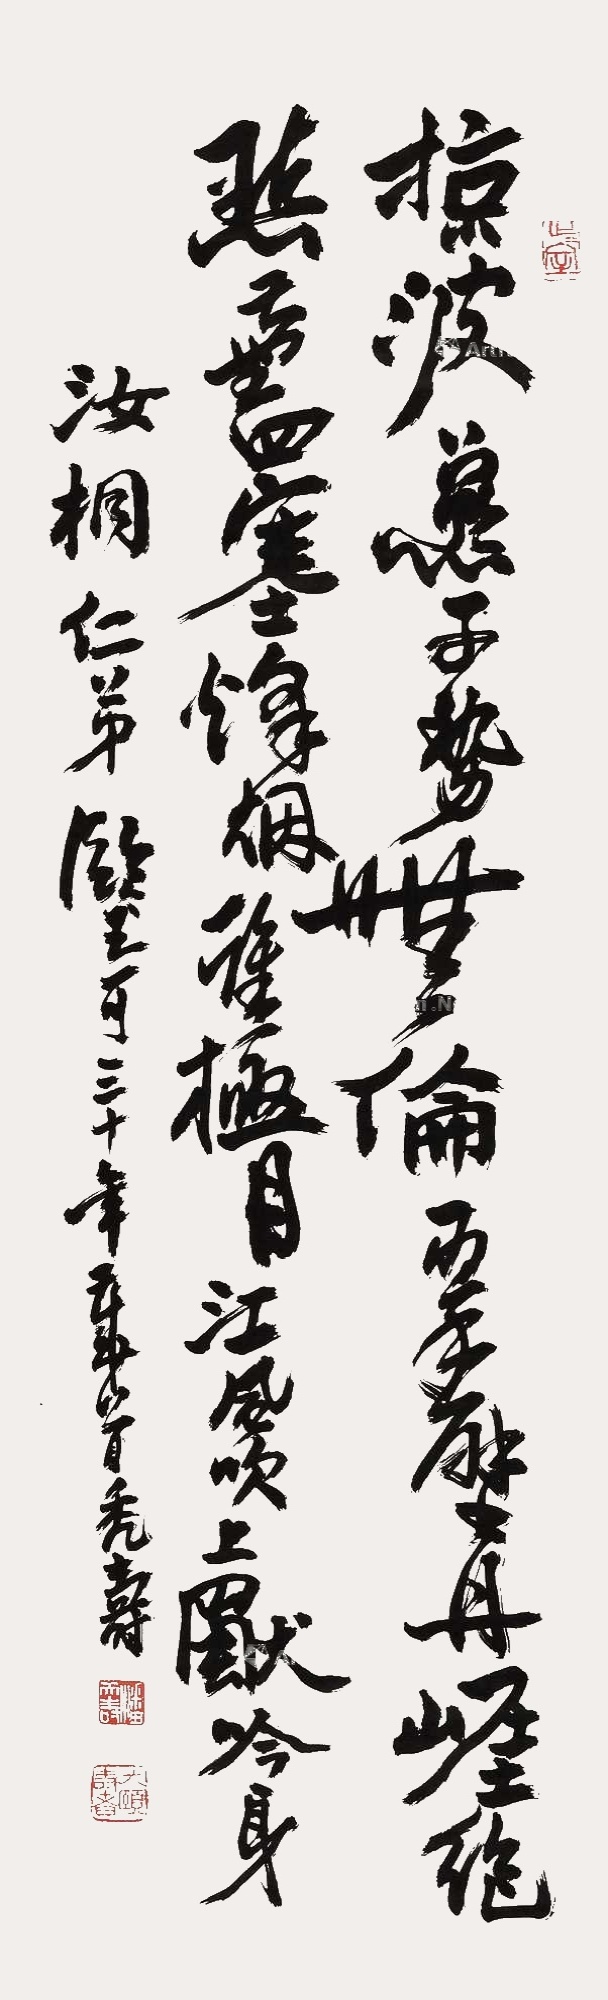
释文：掠波燕子势无伦，翠壁丹崖绝点尘。四塞烽烟谁极目，江风吹上独吟身。汝桐仁弟鉴可，三十年岁首，秃寿。